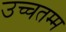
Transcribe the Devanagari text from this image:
उच्चतम्म